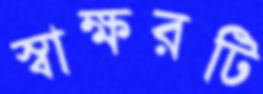
স্বাক্ষরটি